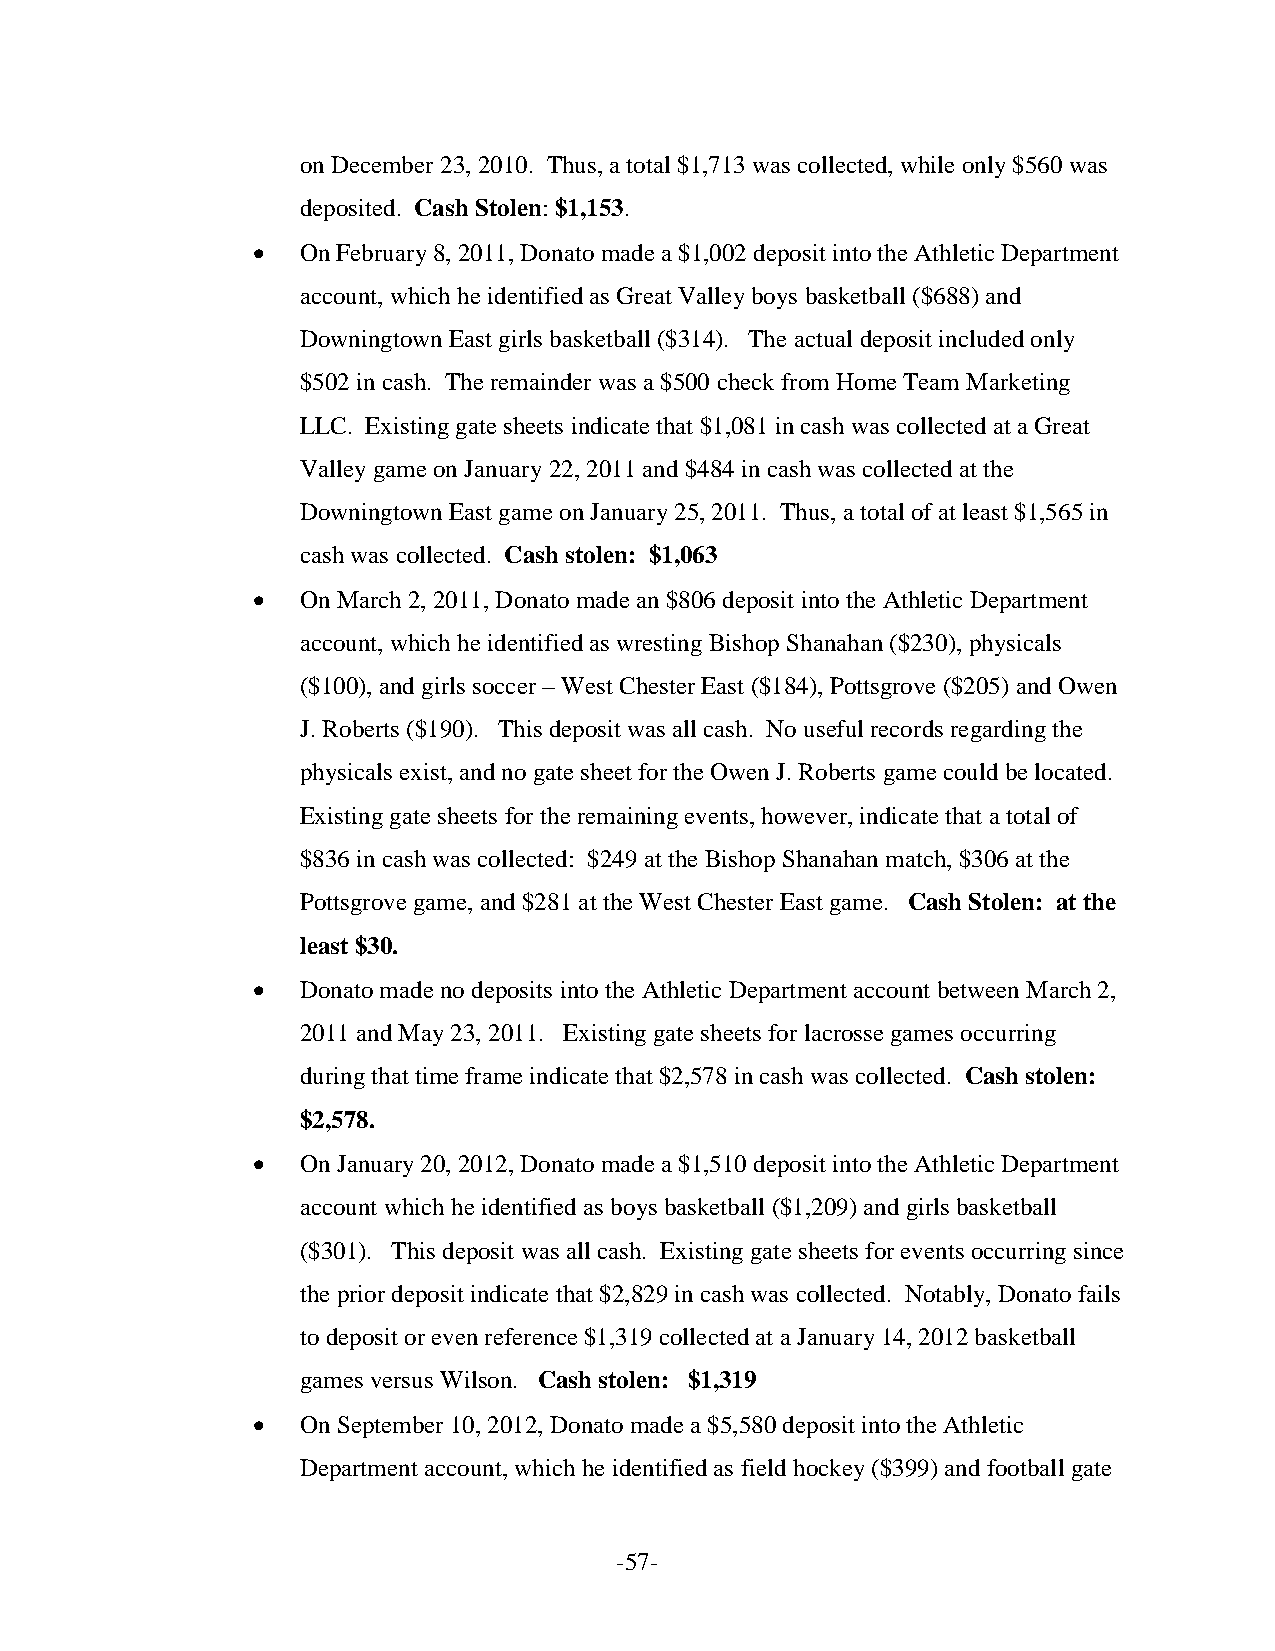
on December 23, 2010. Thus, a total $1,713 was collected, while only $560 was
 deposited. Cash Stolen: $1,153.
 •  On February 8, 2011, Donato made a $1,002 deposit into the Athletic Department
 account, which he identified as Great Valley boys basketball ($688) and
 Downingtown East girls basketball ($314). The actual deposit included only
 $502 in cash. The remainder was a $500 check from Home Team Marketing
 LLC. Existing gate sheets indicate that $1,081 in cash was collected at a Great
 Valley game on January 22, 2011 and $484 in cash was collected at the
 Downingtown East game on January 25, 2011. Thus, a total of at least $1,565 in
 cash was collected. Cash stolen: $1,063
 •  On March 2, 2011, Donato made an $806 deposit into the Athletic Department
 account, which he identified as wresting Bishop Shanahan ($230), physicals
 ($100), and girls soccer – West Chester East ($184), Pottsgrove ($205) and Owen
 J. Roberts ($190). This deposit was all cash. No useful records regarding the
 physicals exist, and no gate sheet for the Owen J. Roberts game could be located.
 Existing gate sheets for the remaining events, however, indicate that a total of
 $836 in cash was collected: $249 at the Bishop Shanahan match, $306 at the
 Pottsgrove game, and $281 at the West Chester East game. Cash Stolen: at the
 least $30.
 •  Donato made no deposits into the Athletic Department account between March 2,
 2011 and May 23, 2011. Existing gate sheets for lacrosse games occurring
 during that time frame indicate that $2,578 in cash was collected. Cash stolen:
 $2,578.
 •  On January 20, 2012, Donato made a $1,510 deposit into the Athletic Department
 account which he identified as boys basketball ($1,209) and girls basketball
 ($301). This deposit was all cash. Existing gate sheets for events occurring since
 the prior deposit indicate that $2,829 in cash was collected. Notably, Donato fails
 to deposit or even reference $1,319 collected at a January 14, 2012 basketball
 games versus Wilson. Cash stolen: $1,319
 •  On September 10, 2012, Donato made a $5,580 deposit into the Athletic
 Department account, which he identified as field hockey ($399) and football gate
 -57-